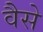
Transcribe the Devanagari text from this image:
वैेसे